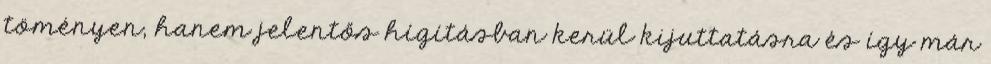
töményen, hanem jelentős hígításban kerül kijuttatásra és így már